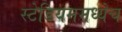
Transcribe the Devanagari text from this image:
स्टेडियममध्येच